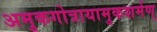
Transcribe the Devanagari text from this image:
अमुकगोत्रायामुकशर्मण्